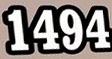
1494